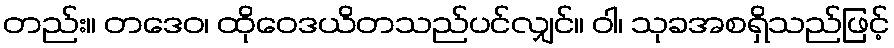
တည်း။ တဒေဝ၊ ထိုဝေဒယိတသည်ပင်လျှင်။ ဝါ၊ သုခအစရှိသည်ဖြင့်